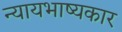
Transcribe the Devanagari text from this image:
न्यायभाष्यकार